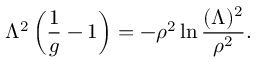
\Lambda ^ { 2 } \left( \frac { 1 } { g } - 1 \right) = - \rho ^ { 2 } \ln \frac { ( \Lambda ) ^ { 2 } } { \rho ^ { 2 } } .